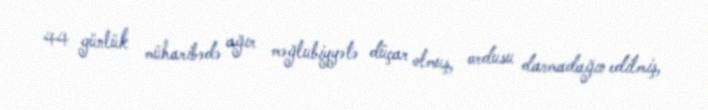
44 günlük müharibədə ağır məğlubiyyətə düçar olmuş, ordusu darmadağın edilmiş,